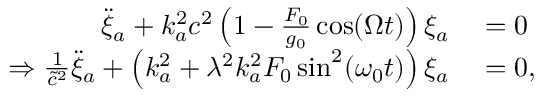
\begin{array} { r l } { \ddot { \xi } _ { a } + k _ { a } ^ { 2 } c ^ { 2 } \left( 1 - \frac { F _ { 0 } } { g _ { 0 } } \cos ( \Omega t ) \right) \xi _ { a } } & { { } = 0 } \\ { \Rightarrow \frac { 1 } { \tilde { c } ^ { 2 } } \ddot { \xi } _ { a } + \left( k _ { a } ^ { 2 } + \lambda ^ { 2 } k _ { a } ^ { 2 } F _ { 0 } \sin ^ { 2 } ( \omega _ { 0 } t ) \right) \xi _ { a } } & { { } = 0 , } \end{array}